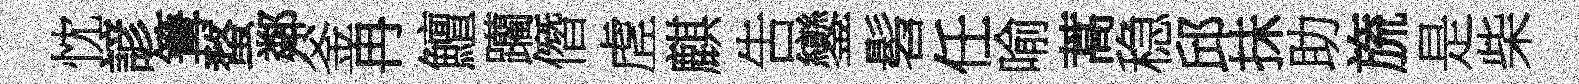
忱諺篝蝥鄰釜冉鱣躪僭虗麒吿鑾髫任喻蒿稳邱抺助旒是柴